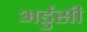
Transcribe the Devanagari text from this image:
अर्डुसी